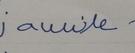
Signature authenticity: forged